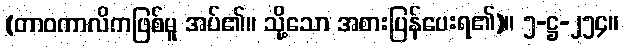
(တာဝကာလိကဖြစ်မူ အပ်၏။ သို့သော အစားပြန်ပေးရ၏)။ ၅-ဋ္ဌ-၂၅၄။